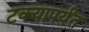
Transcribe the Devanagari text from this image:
टक्यापर्यंत